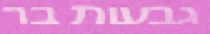
גבעות בר